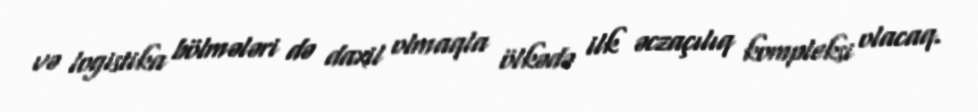
və logistika bölmələri də daxil olmaqla ölkədə ilk əczaçılıq kompleksi olacaq.